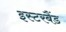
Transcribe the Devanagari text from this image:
इस्टरबैंड